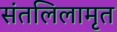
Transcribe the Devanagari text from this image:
संतलिलामृत